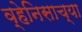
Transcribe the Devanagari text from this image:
व्हेनिसाच्या